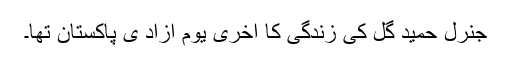
جنرل حمید گل کی زندگی کا آخری یوم آزاد ی پاکستان تھا۔